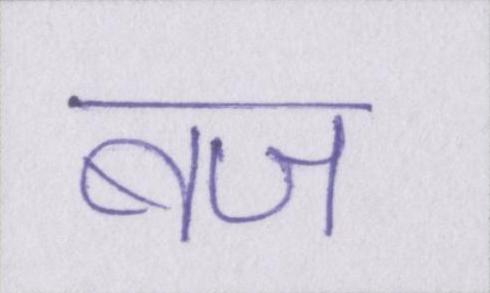
बज